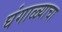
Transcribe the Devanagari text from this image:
घंगाळ्याचा